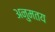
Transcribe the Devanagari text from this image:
अनुमतय